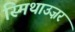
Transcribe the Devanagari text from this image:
स्मिथाउज़र